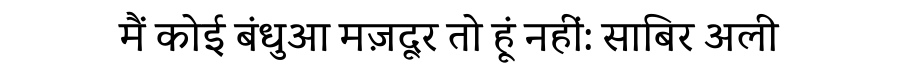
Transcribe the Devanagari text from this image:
मैं कोई बंधुआ मज़दूर तो हूं नहीं: साबिर अली